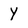
Character: Y